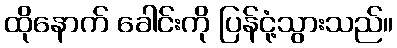
ထိုနောက် ခေါင်းကို ပြန်ငုံ့သွားသည်။